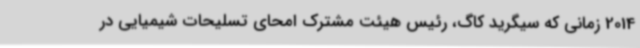
2014 زمانی که سیگرید کاگ، رئیس هیئت مشترک امحای تسلیحات شیمیایی در